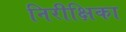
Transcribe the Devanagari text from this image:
निरीक्षिका